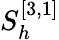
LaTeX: S_{h}^{[3,1]}